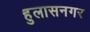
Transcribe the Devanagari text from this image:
हुलासनगर